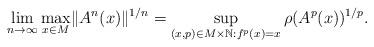
LaTeX: \begin{align*} \lim_{n\to \infty}\max_{x\in M} \lVert A^n(x)\rVert^{1/n}=\sup_{(x, p)\in M\times \mathbb N: f^p(x)=x}\rho(A^p(x))^{1/p}. \end{align*}